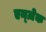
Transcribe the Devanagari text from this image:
एन्ज़ेक